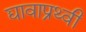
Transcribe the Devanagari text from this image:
द्यावाप्रथ्वी